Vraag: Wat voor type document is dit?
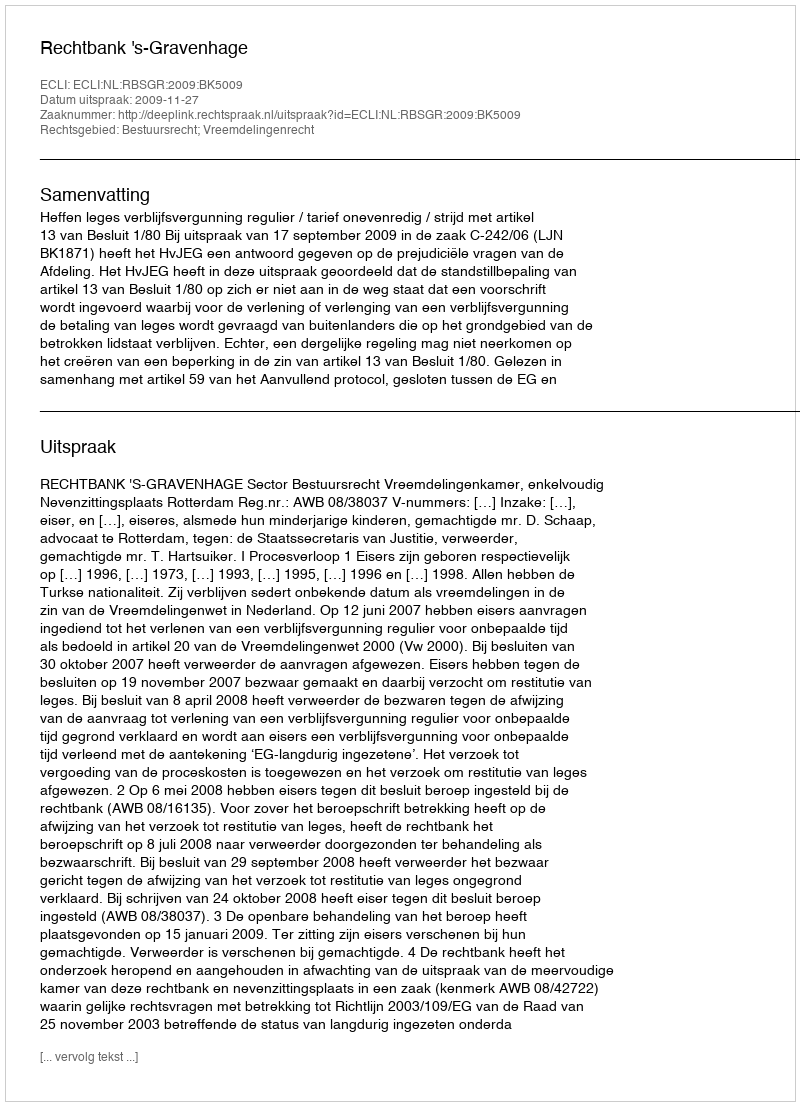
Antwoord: Uitspraak